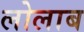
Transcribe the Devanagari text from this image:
लोलाब